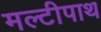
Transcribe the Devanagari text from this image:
मल्टीपाथ